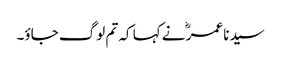
سیدنا عمرؓ نے کہا کہ تم لوگ جاؤ۔